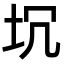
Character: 坈